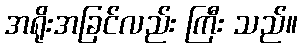
အရိုးအခြင်လည်း ကြီး သည်။